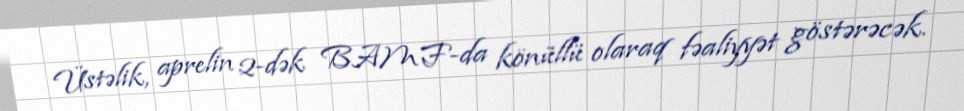
Üstəlik, aprelin 2-dək BAMF-da könüllü olaraq fəaliyyət göstərəcək.